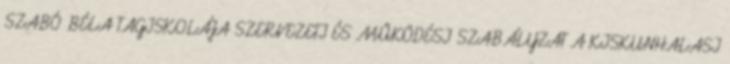
SZABÓ BÉLA TAGISKOLÁJA SZERVEZETI ÉS MŰKÖDÉSI SZABÁLYZAT A KISKUNHALASI